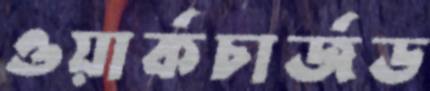
ওয়ার্কচার্জড